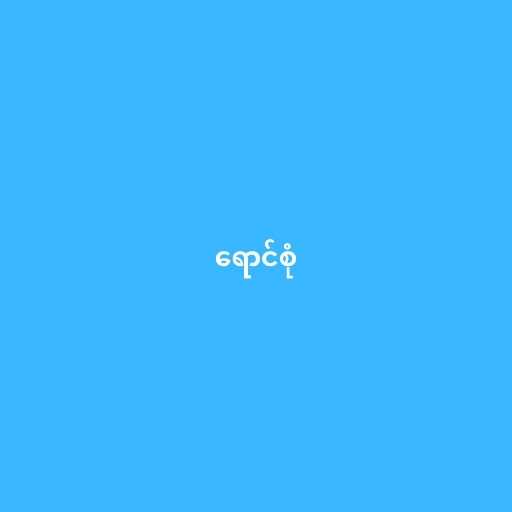
ရောင်စုံ